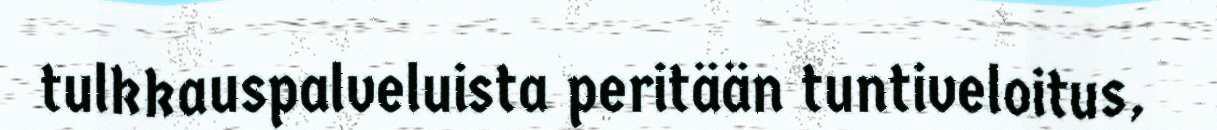
tulkkauspalveluista peritään tuntiveloitus,